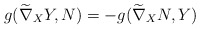
\begin{align*}g(\widetilde{\nabla}_{X}Y,N)=-g(\widetilde{\nabla }_{X}N,Y)\end{align*}